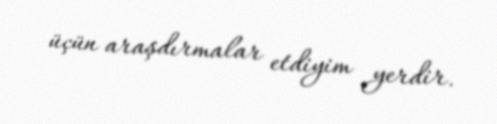
üçün araşdırmalar etdiyim yerdir.